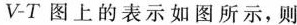
V-T图上的表示如图所示，则